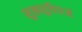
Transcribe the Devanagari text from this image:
सुखसुविधाओं